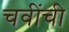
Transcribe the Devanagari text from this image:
चवींची